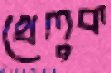
খেলুক